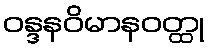
ဝန္ဒနဝိမာနဝတ္ထု